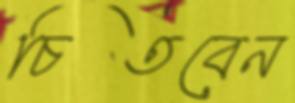
চিতবেন